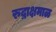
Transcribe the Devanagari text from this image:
रुद्राक्षमाळ